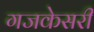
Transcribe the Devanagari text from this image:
गजकेसरी